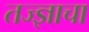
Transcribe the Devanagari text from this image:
तज्ज्ञाचा